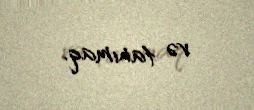
və tanımaq.